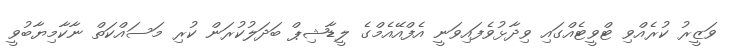
ވަޒީރު ކުރެއްވި ޓްވީޓެއްގައި ވިދާޅުވެފައިވަނީ އެފްއޭއެމްގެ ލީޑާޝިޕް ބަދަލުކުރަން ކުރި މަސައްކަތް ނާކާމިޔާބުވީ